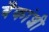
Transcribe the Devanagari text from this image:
बँकांशी